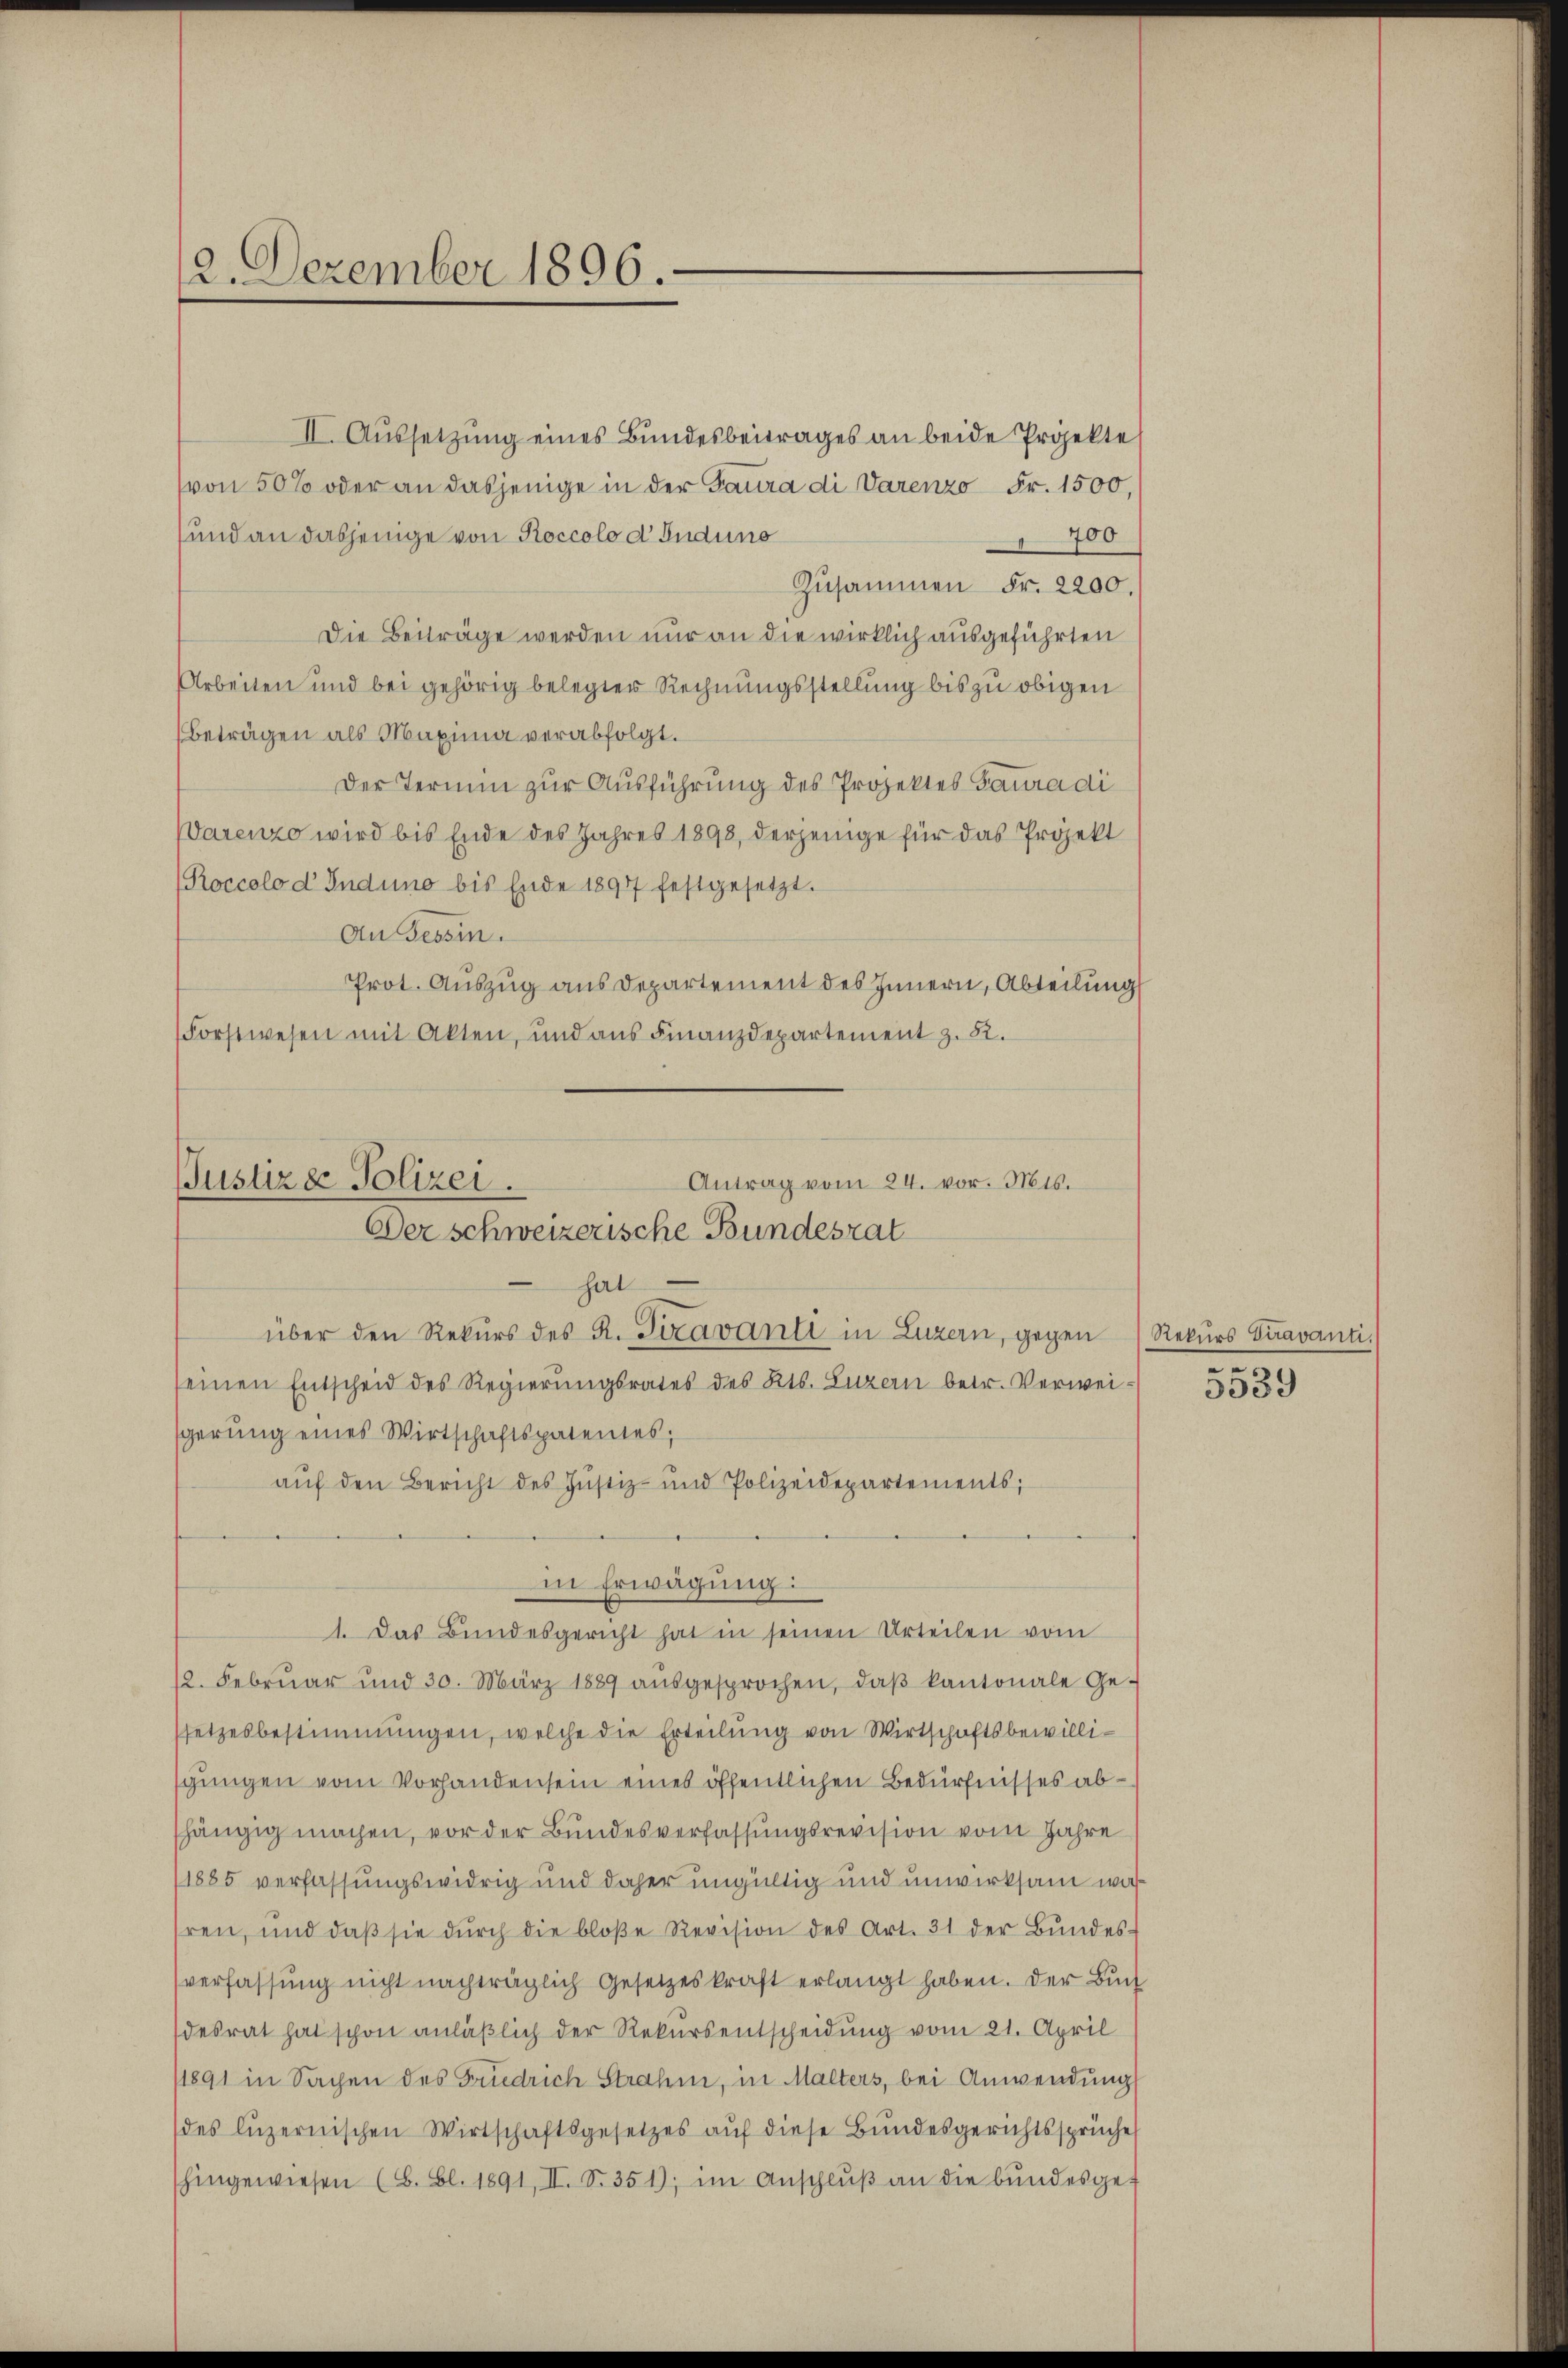
II. Aussetzung eines Bundesbeitrages an beide Projekte
(von 50% oder an dasjenige in der Gaura di Varenzo Fr. 1500,
und an dasjenige von Roccolo d Guduno
700
Zusammen Fr. 2200.
Die Beiträge werden nur an die wirklich ausgeführten
Arbeiten und bei gehörig belegter Rechnungsstellung bis zu obigen
Beträgen als Maxima verabfolgt.
Der Termin zur Ausführung des Projektes Gaura di
Warenzo wird bis Ende des Jahres 1893, derjenige für das Projekt
Roccolo d Indung bis Ende 1897 festgesetzt.
An Tessin.
Prot. Auszug aus Departement des Innern, Abteilung
Forstwesen mit Akten, und aŭs Finanzdepartement z. 82.

2. Dezember 1896.

Justiz & Polizei.
Antrag vom 24. vor. Mts.
Der schweizerische Bundesrat
hat

über den Rekurs des R. Sizavanti in Luzern, gegen Rekurs Stravanti.
seinen Entscheid des Regierungsrates des Kts. Luzern betr. Verweisgerung eines Wirtschaftspatentes,
aŭf den Bericht des Jŭstiz- und Polizeidepartements;
in Erwägung:
1. Das Bundesgericht hat in seinen Urteilen vom
12. Febrŭar und 30. März 1889 aŭsgesprochen, daβ kantonale Ge-
setzesbestimmungen, welche die Erteilung von Wirtschaftsbewillisgungen vom Vorhanden sein eines öffentlichen Bedürfnisses abshängig machen, vor der Bundesverfassungsrevision vom Jahre
1885 verfassungswidrig und daher ungültig und unwirksam washren, und daβ sie dŭrch die bloße Revision des Art. 31 der Bŭndes-
verfassung nicht nachträglich Gesetzeskraft erlangt haben. Der Buch
desrat hat schon anläßlich der Rekursentscheidung vom 21. April
/1891 in Sachen des Friedrich Strahin, in Malters, bei Anwendung
des luzernischen Wirtschaftsgesetzes aŭf diese Bŭndesgerichtssprüche
hingewiesen (B. Bl. 1891, II. S. 351), im Anschlŭβ an die bŭndesge-

30
5559